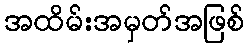
အထိမ်းအမှတ်အဖြစ်